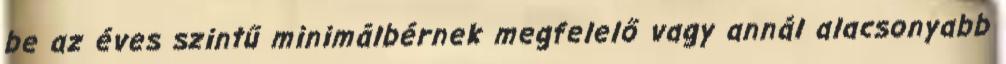
be az éves szintű minimálbérnek megfelelő vagy annál alacsonyabb